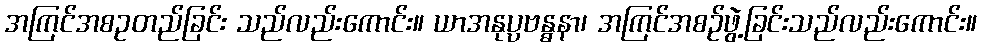
အကြင်အစဥတည်ခြင်း သည်လည်းကောင်း။ ယာအနုပ္ပဗန္ဓနာ၊ အကြင်အစဉ်ဖွဲ့ခြင်းသည်လည်းကောင်း။